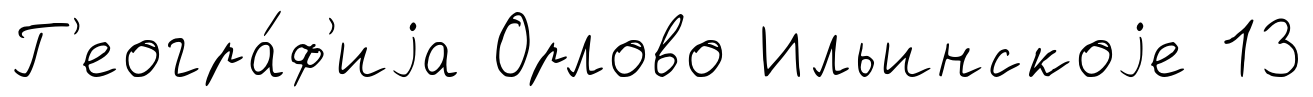
Г'еогра́ф'иjа Орлово Ильинскоjе 13